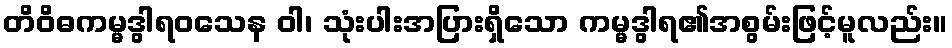
တိဝိဓကမ္မဒွါရဝသေန ဝါ၊ သုံးပါးအပြားရှိသော ကမ္မဒွါရ၏အစွမ်းဖြင့်မူလည်း။